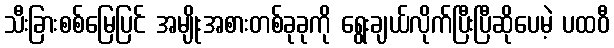
သီးခြားစစ်မြေပြင် အမျိုးအစားတစ်ခုခုကို ရွေးချယ်လိုက်ပြီးပြီဆိုပေမဲ့ ပထဝီ